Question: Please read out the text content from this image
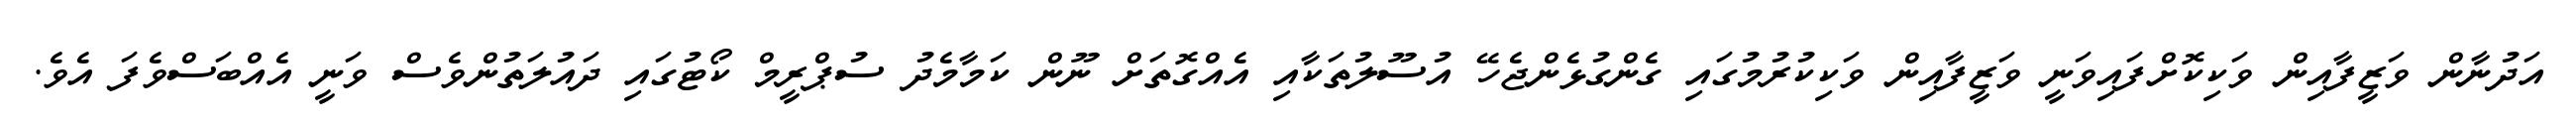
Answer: އަދުނާން ވަޒީފާއިން ވަކިކޮށްފައިވަނީ ވަޒީފާއިން ވަކިކުރުމުގައި ގެންގުޅެންޖެހޭ އުސޫލުތަކާއި އެއްގޮތަށް ނޫން ކަމާމެދު ސުޕްރީމް ކޯޓުގައި ދައުލަތުންވެސް ވަނީ އެއްބަސްވެފަ އެވެ.